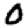
Digit: 0